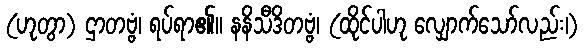
(ဟုတွာ) ဌာတဗ္ဗံ၊ ရပ်ရာ၏။ နနိသီဒိတဗ္ဗံ၊ (ထိုင်ပါဟု လျှောက်သော်လည်း၊)